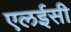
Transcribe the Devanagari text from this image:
एलईसी